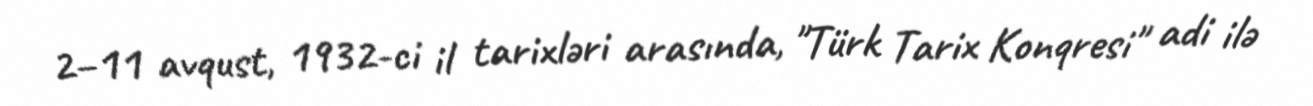
2–11 avqust, 1932-ci il tarixləri arasında, "Türk Tarix Konqresi" adi ilə